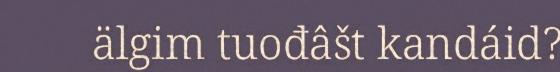
älgim tuođâšt kandáid?